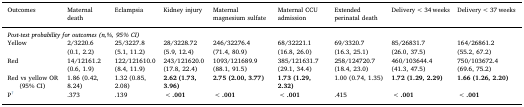
| Outcomes | Maternal death | Eclampsia | Kidney injury | Maternal magnesium sulfate | Maternal CCU admission | Extended perinatal death | Delivery <34 weeks | Delivery <37 weeks |
 | --- | --- | --- | --- | --- | --- | --- | --- | --- |
 | <COLSPAN=9> Post-test probability for outcomes (n,%, 95% CI) |
 | Yellow | 2/3220.6 (0.1, 2.2) | 25/3227.8 (5.1, 11.2) | 28/3228.72 (5.9, 12.4) | 246/32276.4 (71.4, 80.9) | 68/32221.1 (16.8, 26.0) | 69/3320.7 (16.3, 25.1) | 85/26831.7 (26.0, 37.5) | 164/26861.2 (55.2, 67.2) |
 | Red | 14/12161.2 (0.6, 1.9) | 122/121610.0 (8.4, 11.9) | 243/121620.0 (17.8, 22.4) | 1093/121689.9 (88.1, 91.5) | 385/121631.7 (29.1, 34.4) | 258/124720.7 (18.4, 23.0) | 460/103644.4 (41.3, 47.5) | 750/103672.4 (69.6, 75.2) |
 | Red vs yellow OR (95% CI) | 1.86 (0.42, 8.24) | 1.32 (0.85, 2.08) | 2.62 (1.73, 3.96) | 2.75 (2.00, 3.77) | 1.73 (1.29, 2.32) | 1.00 (0.74, 1.35) | 1.72 (1.29, 2.29) | 1.66 (1.26, 2.20) |
 | P† | .373 | .139 | <.001 | <.001 | <.001 | .415 | <.001 | <.001 |